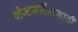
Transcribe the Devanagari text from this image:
पोस्टमॉर्टेमसाठी